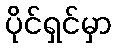
ပိုင်ရှင်မှာ